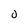
Character: O